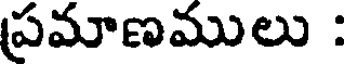
ప్రమాణములు :